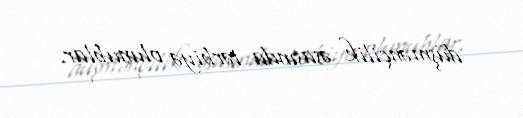
düşmənçilik əsasında tərbiyə olunublar.